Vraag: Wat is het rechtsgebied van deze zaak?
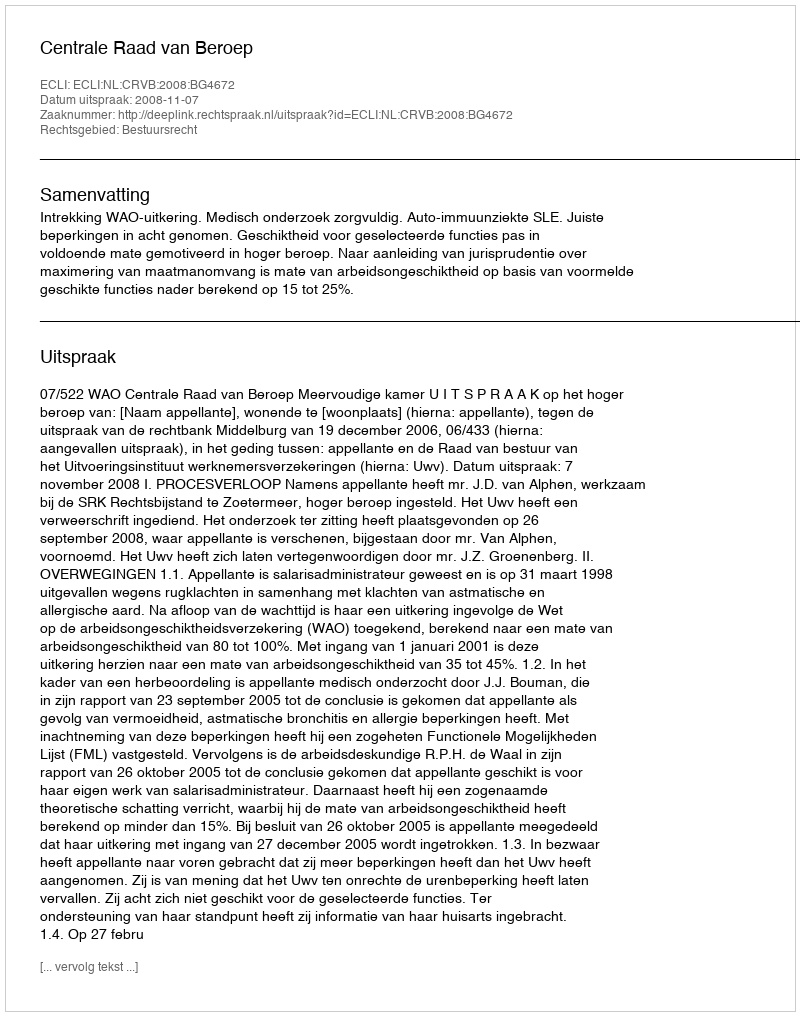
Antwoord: Bestuursrecht